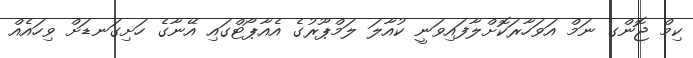
ކިމް ޖޮންގ ނަމް އަވަހާރަކޮށްލާފައިވަނީ ކުއާލަ ލަމްޕޫރުގެ އެއާޕޯޓްގައި އޭނާގެ ހަށިގަނޑަށް ވިހައެއް